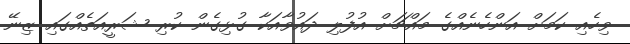
ވިހެއި ކަމަށް އަންހެނެއްގެ މައްޗަށް އުފުލި ދައުވާއަކާ ގުޅިގެން ކުރި ޝަރީއަތެއްގައި ޒިނޭ